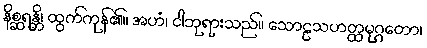
နိစ္ဆရန္တိ၊ ထွက်ကုန်၏။ အဟံ၊ ငါဘုရားသည်။ သောဠသဟတ္ထမုဂ္ဂတော၊